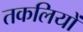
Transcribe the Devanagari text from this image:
तकलियों